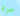
مرة